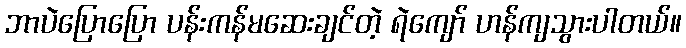
ဘာပဲပြောပြော ပန်းကန်မဆေးချင်တဲ့ ရဲကျော် ဟန်ကျသွားပါတယ်။